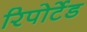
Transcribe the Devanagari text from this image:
रिपोर्टेड